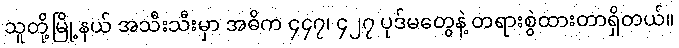
သူတို့မြို့နယ် အသီးသီးမှာ အဓိက ၄၄၇၊ ၄၂၇ ပုဒ်မတွေနဲ့ တရားစွဲထားတာရှိတယ်။